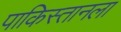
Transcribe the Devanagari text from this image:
पाकिस्तानला